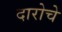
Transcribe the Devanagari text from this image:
दारोचे